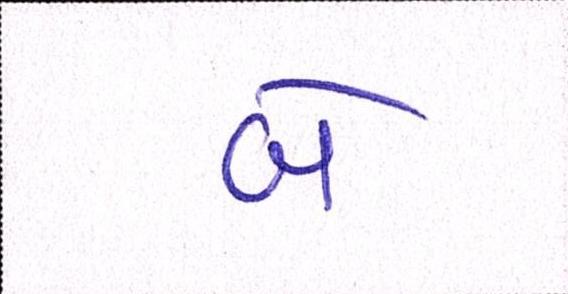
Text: બે